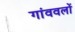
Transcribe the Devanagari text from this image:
गांववलों